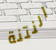
النتنة